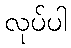
လုပ်ပါ